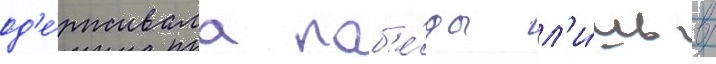
од'е́рживала поб'е́ды л'и́шь в